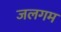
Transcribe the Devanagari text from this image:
जलगम